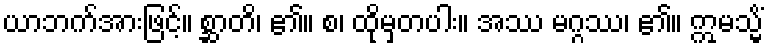
ယာဘက်အားဖြင့်။ စ္ဆာတိ၊ ၏။ စ၊ ထိုမှတပါး။ အဿ မဂ္ဂဿ၊ ၏။ ဣမသ္မိံ